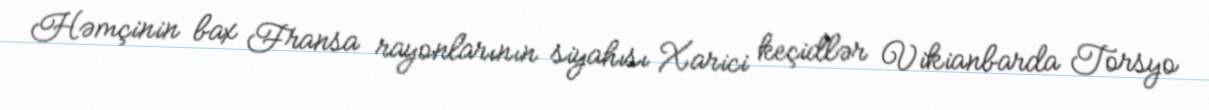
Həmçinin bax Fransa rayonlarının siyahısı Xarici keçidlər Vikianbarda Torsyo